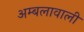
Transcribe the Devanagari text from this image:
अम्बलावाली